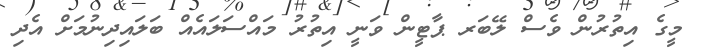
މީގެ އިތުރުން ވެސް ލޭބަރ ޕާޓީން ވަނީ އިތުރު މައްސަލައެއް ބަލައިދިނުމަށް އެދި